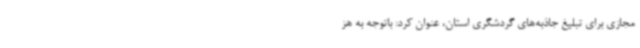
مجازی برای تبلیغ جاذبه‌های گردشگری استان، عنوان کرد: باتوجه به هز